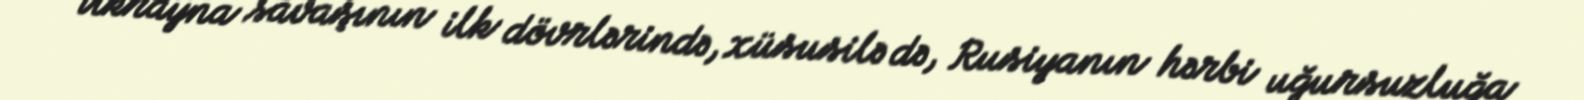
Ukrayna savaşının ilk dövrlərində, xüsusilə də, Rusiyanın hərbi uğursuzluğa